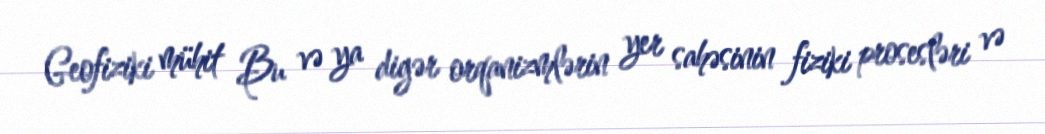
Geofiziki mühit Bu və ya digər orqanizmlərin yer sahəsinin fiziki prosesləri və